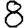
Digit: 8